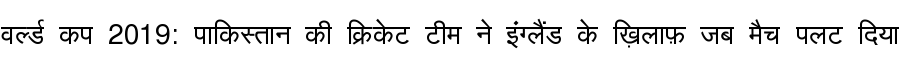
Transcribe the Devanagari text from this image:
वर्ल्ड कप 2019: पाकिस्तान की क्रिकेट टीम ने इंग्लैंड के ख़िलाफ़ जब मैच पलट दिया